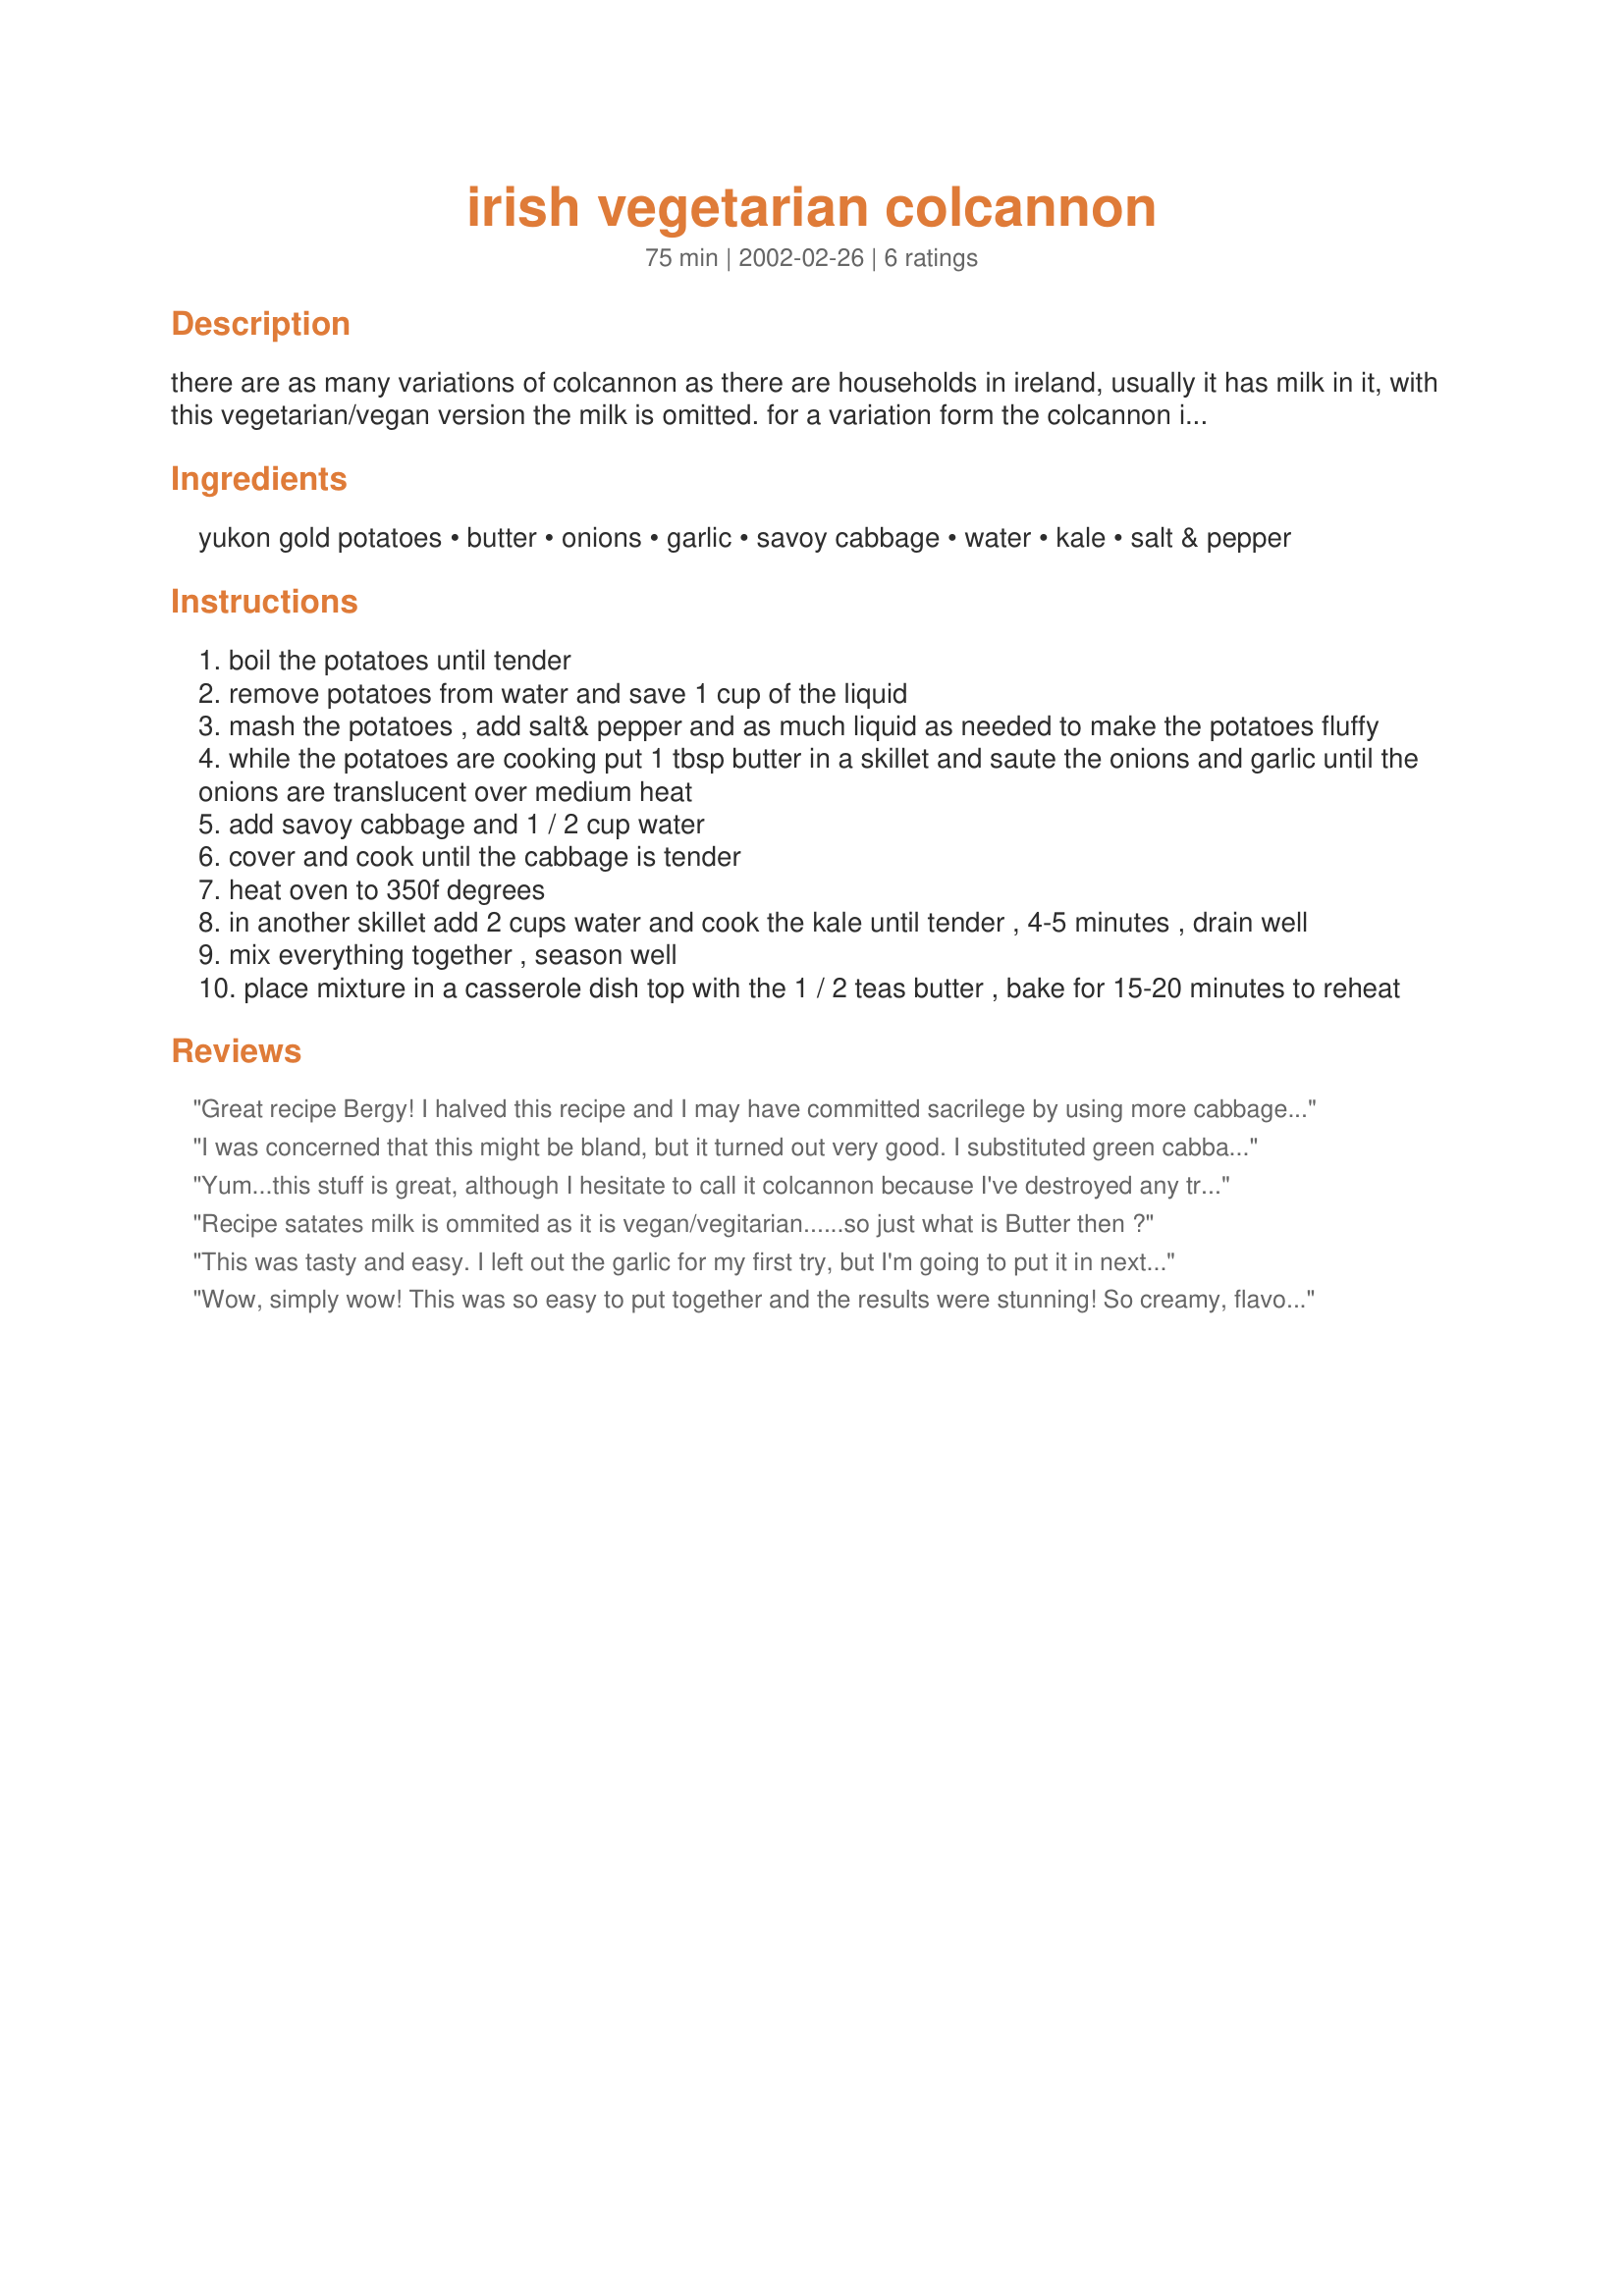
irish vegetarian colcannon
Preparation time: 75 minutes

there are as many variations of colcannon as there are households in ireland, usually it has milk in it, with this vegetarian/vegan version the milk is omitted. for a variation form the colcannon into patties and fry for breakfast. if you eat eggs, crack open eggs into small pockets on top of the colcannon and bake until cooked covered. this is a very satisfying, inexpensive dish to serve

Ingredients:
yukon gold potatoes, butter, onions, garlic, savoy cabbage, water, kale, salt & pepper

Steps:
boil the potatoes until tender
remove potatoes from water and save 1 cup of the liquid
mash the potatoes , add salt& pepper and as much liquid as needed to make the potatoes fluffy
while the potatoes are cooking put 1 tbsp butter in a skillet and saute the onions and garlic until the onions are translucent over medium heat
add savoy cabbage and 1 / 2 cup water
cover and cook until the cabbage is tender
heat oven to 350f degrees
in another skillet add 2 cups water and cook the kale until tender , 4-5 minutes , drain well
mix everything together , season well
place mixture in a casserole dish top with the 1 / 2 teas butter , bake for 15-20 minutes to reheat

Reviews:
Great recipe Bergy! I halved this recipe and I may have committed sacrilege by using more cabbage instead of the kale, which we don't get here. I did use the optional garlic as well. I may have used too much of the potato water because it was a bit more gooey than I would've liked. The flavours of cabbage and potato go wonderfully well together, and when had warm, this is downright yum! Thanks :-)
I was concerned that this might be bland, but it turned out very good. I substituted green cabbage for savoy, and swapped out some butter for olive oil, and used beef broth instead of water for cooking the cabbage. It's a tasty comfort food, and I will definitely make again.
Yum...this stuff is great, although I hesitate to call it colcannon because I've destroyed any trace of authenticity :) I omitted the cabbage and used about 6 cups total of cooked kale, I sauteed the onions and garlic (6 cloves) in olive oil, and I used regular russet potatoes. I also baked it at 375 for about 45 minutes so that the top got crusty. (I topped it with margarine -- great idea Bergy!) I decided to try this because I had some leftover cooked kale, and I'll definitely be making it again.
Recipe satates milk is ommited as it is vegan/vegitarian......so just what is Butter then ?
This was tasty and easy. I left out the garlic for my first try, but I'm going to put it in next time and I think it will be very yummy. Thanks!
Wow, simply wow! This was so easy to put together and the results were stunning! So creamy, flavourful and satisfying! YUM!
I left out the kale as I couldnt find any, but doubled the cabbage instead. I think it worked out very nicely.
The garlic added a really nice taste to this.
I will surely make your colcannon version often again as I luv how healthy yet super tasty it is!
THANKS SO VERY MUCH for sharing this gem of a recipe with us, Bergy!
Made and reviewed while virtually visiting the British Isles in Octobre 09.
